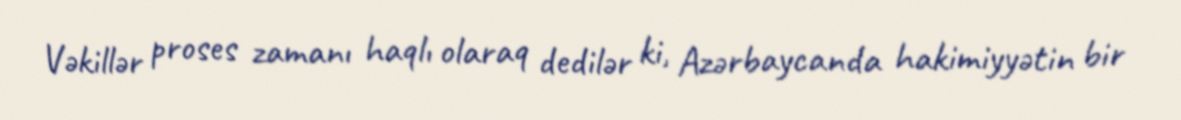
Vəkillər proses zamanı haqlı olaraq dedilər ki, Azərbaycanda hakimiyyətin bir